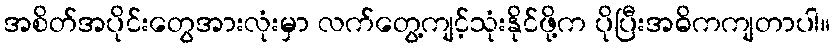
အစိတ်အပိုင်းတွေအားလုံးမှာ လက်တွေ့ကျင့်သုံးနိုင်ဖို့က ပိုပြီးအဓိကကျတာပါ။